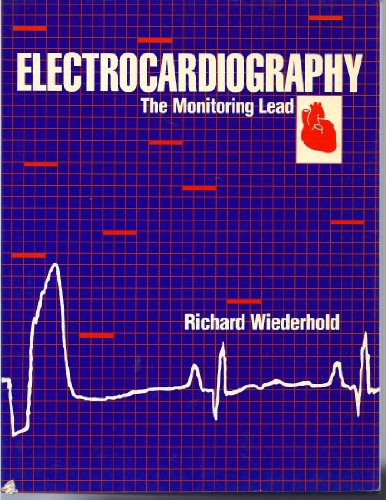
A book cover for Electrocardiography: The Monitoring Lead; Richard Wiederhold; Medical Books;